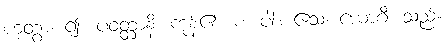
ဟုတွာ၊ ၍။ ပဝတ္တာနိ၊ ကုန်၏။ စ၊ ပါး။ ဧသ၊ ယောဂီ၊ သည်။